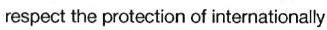
respect the protection of internationally